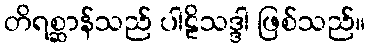
တိရစ္ဆာန်သည် ပါဠိသဒ္ဒါ ဖြစ်သည်။